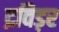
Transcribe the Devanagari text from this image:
द्रविड़र